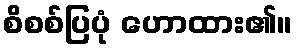
စိစစ်ပြပုံ ဟောထား၏။